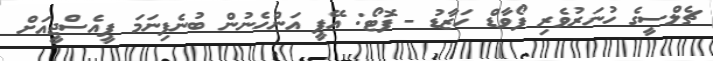
ޗެލްސީގެ ހުނަރުވެރި ފޯވާޑް ހަޒާޑު - ފޮޓޯ: އޭޕީ އަންހެނުން ބުނެފިނަމަ ޕީއެސްޖީއަށް